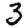
Digit: 3